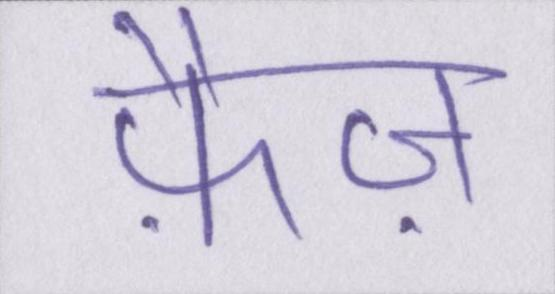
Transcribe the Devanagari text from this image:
फ़ैज़